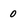
Character: 0